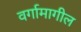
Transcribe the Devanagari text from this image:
वर्गामागील